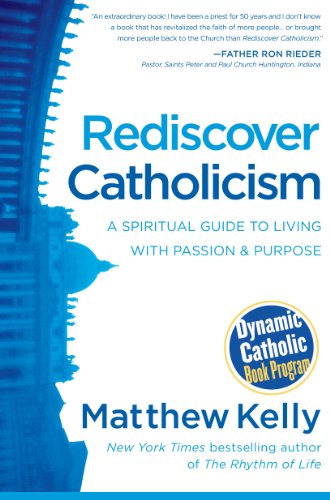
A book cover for Rediscover Catholicism; Matthew Kelly; Self-Help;